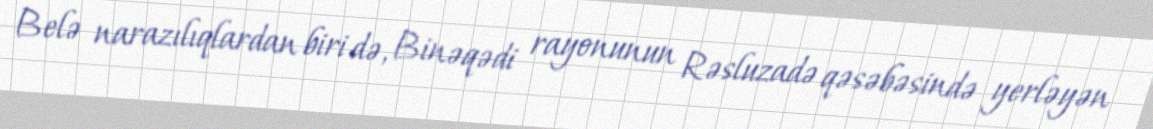
Belə narazılıqlardan biri də, Binəqədi rayonunun Rəsluzadə qəsəbəsində yerləyən